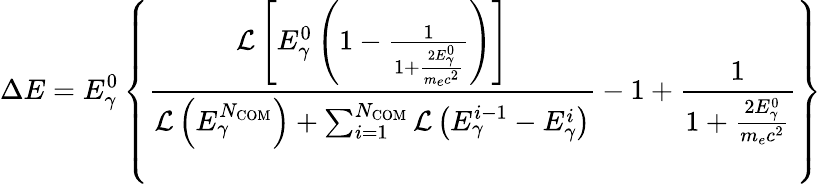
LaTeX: \Delta E=E_{\gamma}^{0}\left\{ \frac{\mathcal{L}\left[E_{\gamma}^{0}\left(1-\frac{1}{1+\frac{2E_{\gamma}^{0}}{m_{e}c^{2}}}\right)\right]}{\mathcal{L}\left(E_{\gamma}^{N_{\mathrm{COM}}}\right)+\sum_{i=1}^{N_{\mathrm{COM}}}\mathcal{L}\left(E_{\gamma}^{i-1}-E_{\gamma}^{i}\right)}-1+\frac{1}{1+\frac{2E_{\gamma}^{0}}{m_{e}c^{2}}}\right\}